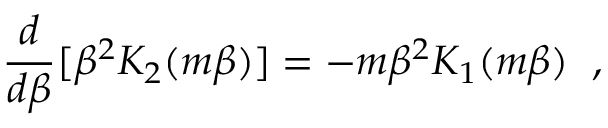
\frac { d } { d \beta } [ \beta ^ { 2 } K _ { 2 } ( m \beta ) ] = - m \beta ^ { 2 } K _ { 1 } ( m \beta ) \; \; ,